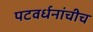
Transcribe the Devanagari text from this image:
पटवर्धनांचीच